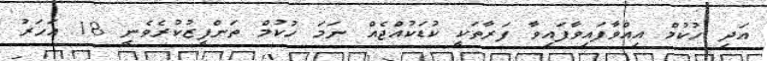
އަދި ހުކުމް އިއްވާފައިވާފައިވާ ފަރާތަކީ ކުޑަކުއްޖެއް ނަމަ ހުކުމް ތަންފީޒުކުރެވެނީ 18 އަހަރު